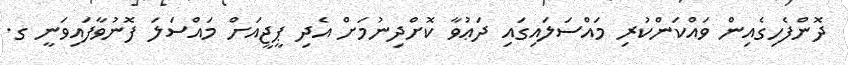
ދޮންފެހިގެއިން ވައްކަންކުރި މައްސަލައިގައި ދަޢުވާ ކޮށްދިނުމަށް އެދި ޕީޖީއަށް މައްސަލަ ފޮނުވާފައިވަނީ ގ.